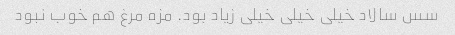
سس سالاد خیلى خیلى خیلى زیاد بود. مزه مرغ هم خوب نبود